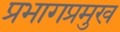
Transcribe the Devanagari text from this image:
प्रभागप्रमुख